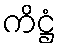
ကိဋ္ဌံ